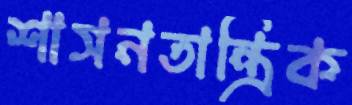
শাসনতান্ত্রিক